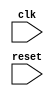
module do_while_loop (
    input clk,
    input reset
);

reg [7:0] loop_count; // loop control variable

always @(posedge clk or posedge reset) begin
    if (reset) begin
        loop_count <= 8'd0; // initialize loop control variable
    end else begin
        // Execute loop body
        // (Insert code for loop body here)

        // Evaluate loop condition
        if (loop_count < 8'd10) begin // example condition (loop continues while count is less than 10)
            loop_count <= loop_count + 1; // update loop control variable
        end else begin
            // Exit loop
            // (Insert code for exiting the loop here)
        end
    end
end

endmodule